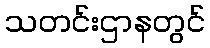
သတင်းဌာနတွင်